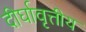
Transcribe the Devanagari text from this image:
दीर्घावृत्तीय